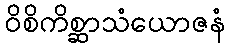
ဝိစိကိစ္ဆာသံယောဇနံ